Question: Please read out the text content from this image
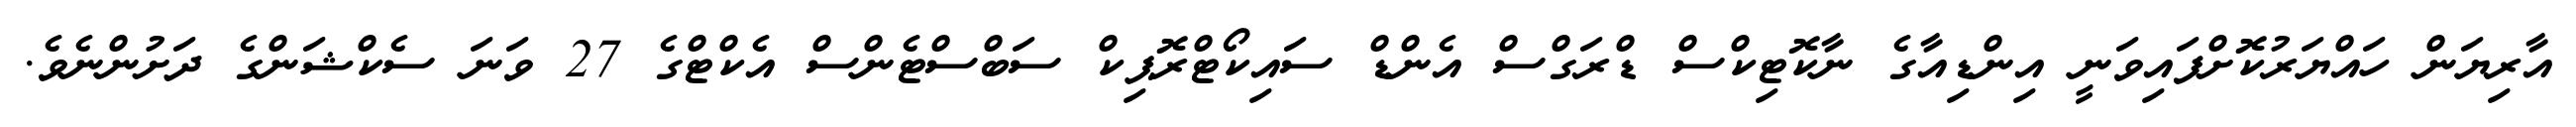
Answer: އާރިޔަން ހައްޔަރުކޮށްފައިވަނީ އިންޑިއާގެ ނާކޮޓިކްސް ޑްރަގްސް އެންޑް ސައިކޯޓްރޮޕިކް ސަބްސްޓެންސް އެކްޓްގެ 27 ވަނަ ސެކްޝަންގެ ދަށުންނެވެ.